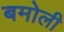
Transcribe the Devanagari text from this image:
बमोली